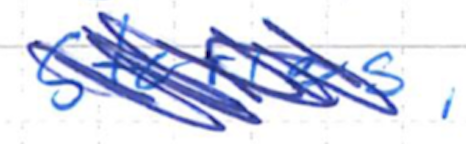
Text: Stories,
Cross-out: scratch
Writing tool: ballpoint